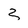
Character: 3